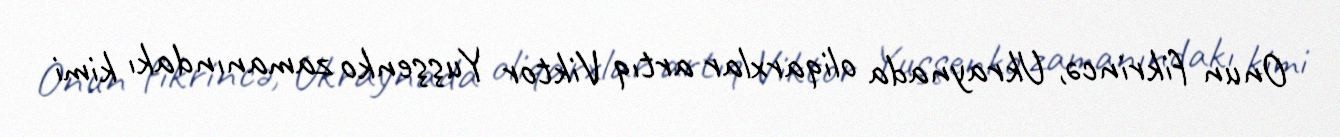
Onun fikrincə, Ukraynada oliqarxlar artıq Viktor Yuşşenko zamanındakı kimi